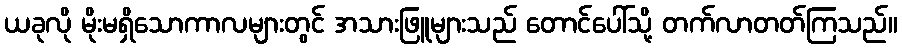
ယခုလို မိုးမရှိသောကာလများတွင် အသားဖြူများသည် တောင်ပေါ်သို့ တက်လာတတ်ကြသည်။